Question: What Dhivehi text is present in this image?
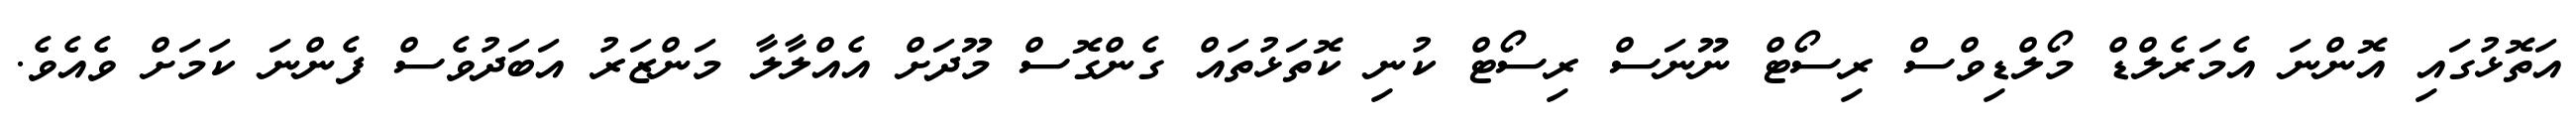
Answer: އަތޮޅުގައި އޮންނަ އެމަރެލްޑް މޯލްޑިވްސް ރިސޯޓް ނޫނަސް ރިސޯޓް ކުނި ކޮތަޅުތައް ގެންގޮސް މޫދަށް އެއްލާލާ މަންޒަރު އަބަދުވެސް ފެންނަ ކަމަށް ވެއެވެ.